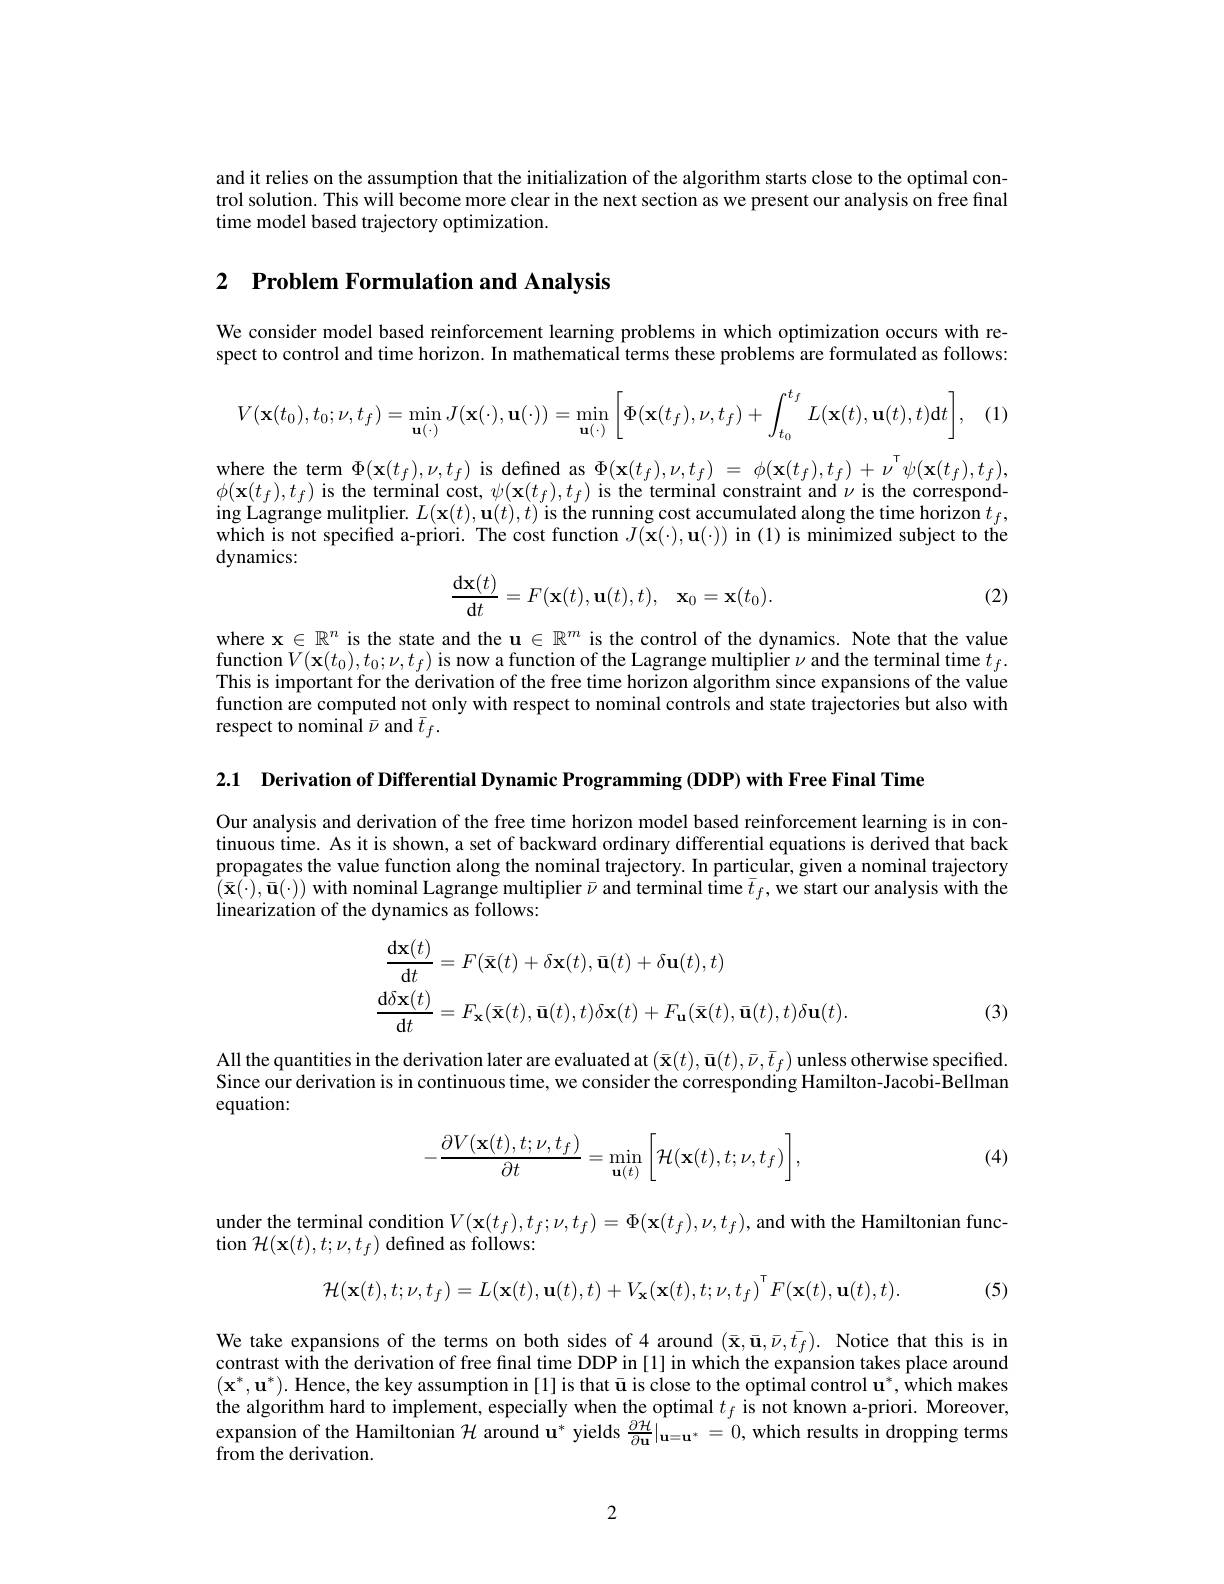
and it relies on the assumption that the initialization of the algorithm starts close to the optimal control solution. This will become more clear in the next section as we present our analysis on free final time model based trajectory optimization

## 2 $\textbf{Problem Formulation and Analysis}$

We consider model based reinforcement learning problems in which optimization occurs with respect to control and time horizon. In mathematical terms these problems are formulated as follows:

(1)
$$V(\mathbf{x}(t_0),t_0;\nu,t_f)=\min_{\mathbf{u}(\cdot)}J(\mathbf{x}(\cdot),\mathbf{u}(\cdot))=\min_{\mathbf{u}(\cdot)}\left[\Phi(\mathbf{x}(t_f),\nu,t_f)+\int_{t_0}^{t_f}L(\mathbf{x}(t),\mathbf{u}(t),t)\mathrm{d}t\right],$$
$\begin{array}{l}{\mathrm{where~the~term~}\Phi(\mathbf{x}(t_{f}),\nu,t_{f})~\mathrm{is~defined~as~}\Phi(\mathbf{x}(t_{f}),\nu,t_{f})~=~\phi(\mathbf{x}(t_{f}),t_{f})~+~\nu^{\mathrm{T}}\psi(\mathbf{x}(t_{f}),t_{f}),}\\{\phi(\mathbf{x}(t_{f}),t_{f})~\mathrm{is~the~terminal~cost,~}\psi(\mathbf{x}(t_{f}),t_{f})~\mathrm{is~the~terminal~constraint~and~}\nu~\mathrm{is~the~correspond}}\end{array}$ ing Lagrange mulitplier. $L(\mathbf{x}(t),\mathbf{u}(t),t)$ is the running cost accumulated along the time horizon $t_f$, which is not specified a-priori. The cost function $J(\tilde{\mathbf{x}}(\cdot),\mathbf{u}(\cdot))$ in (1) is minimized subject to the dynamics:

(2)
$$\dfrac{\mathrm d\mathbf x(t)}{\mathrm dt}=F(\mathbf x(t),\mathbf u(t),t),\quad\mathbf x_0=\mathbf x(t_0).$$
where $\mathbf{x}\in\mathbb{R}^n$ is the state and the $\mathbf{u}\in\mathbb{R}^m$ is the control of the dynamics. Note that the value function$V( \mathbf{x} ( t_{0}) , t_{0}; \nu , t_{f})$ is now a function of the Lagrange multiplier $\nu$ and the terminal time $t_{f}.$ This is important for the derivation of the free time horizon algorithm since expansions of the value function are computed not only with respect to nominal controls and state trajectories but also with respect to nominal $\bar{\nu}$ and $\bar{t}_f.$

2.1 Derivation of Differential Dynamic Programming (DDP) with Free Final Time

Our analysis and derivation of the free time horizon model based reinforcement learning is in continuous time. As it is shown, a set of backward ordinary differential equations is derived that back propagates the value function along the nominal trajectory. In particular, given a nominal trajectory $(\bar{\mathbf{x}}(\cdot),\bar{\mathbf{u}}(\cdot))$ with nominal Lagrange multiplier $\bar{\nu}$ and terminal time $\bar{t}_f$,we start our analysis with the linearization of the dynamics as follows:
$$\begin{aligned}\frac{\mathrm{d}\mathbf{x}(t)}{\mathrm{d}t}&=F(\bar{\mathbf{x}}(t)+\delta\mathbf{x}(t),\bar{\mathbf{u}}(t)+\delta\mathbf{u}(t),t)\\\frac{\mathrm{d}\delta\mathbf{x}(t)}{\mathrm{d}t}&=F_{\mathbf{x}}(\bar{\mathbf{x}}(t),\bar{\mathbf{u}}(t),t)\delta\mathbf{x}(t)+F_{\mathbf{u}}(\bar{\mathbf{x}}(t),\bar{\mathbf{u}}(t),t)\delta\mathbf{u}(t).\end{aligned}$$
(3)

All the quantities in the derivation later are evaluated at $(\bar{\mathbf{x}}(t),\bar{\mathbf{u}}(t),\bar{\nu},\bar{t}_f)$ unless otherwise specified Since our derivation is in continuous time, we consider the corresponding Hamilton-Jacobi-Bellman equation:
$$-\frac{\partial V(\mathbf{x}(t),t;\nu,t_f)}{\partial t}=\min_{\mathbf{u}(t)}\bigg[\mathcal{H}(\mathbf{x}(t),t;\nu,t_f)\bigg],$$
(4)

under the terminal condition $V(\mathbf{x}(t_f),t_f;\nu,t_f)=\Phi(\mathbf{x}(t_f),\nu,t_f)$, and with the Hamiltonian func-
tion $\mathcal{H}(\mathbf{x}(t),t;\nu,t_{f})$ defined as follows
$$\mathcal{H}(\mathbf{x}(t),t;\nu,t_{f})=L(\mathbf{x}(t),\mathbf{u}(t),t)+V_{\mathbf{x}}(\mathbf{x}(t),t;\nu,t_{f})^{\mathsf{T}}F(\mathbf{x}(t),\mathbf{u}(t),t).$$
(5)

We take expansions of the terms on both sides of 4 around $(\bar{\mathbf{x}},\bar{\mathbf{u}},\bar{\nu},\bar{t}_{f}).$ Notice that this is in contrast with the derivation of free final time DDP in [1] in which the expansion takes place around $(\mathbf{x}^*,\mathbf{u}^*).$ Hence, the key assumption in[1] is that ū is close to the optimal control u', which makes the algorithm hard to implement, especially when the optimal $t_f$ is not known a-priori. Moreover, expansion of the Hamiltonian $\mathcal{H}$ around u$^*$ yields $\frac\partial\mathcal{H}{{\partial\mathbf{u}}}|_\mathbf{u=\mathbf{u}^*}=0$, which results in dropping terms from the derivation.

2